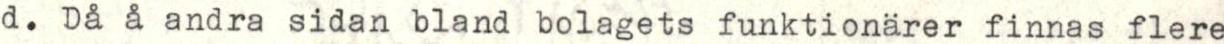
d. Då å andra sidan bland bolagets funktionärer finnas flere